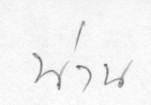
น่าน